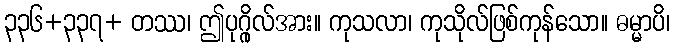
၃၃၆+၃၃၇+ တဿ၊ ဤပုဂ္ဂိုလ်အား။ ကုသလာ၊ ကုသိုလ်ဖြစ်ကုန်သော။ ဓမ္မာပိ၊